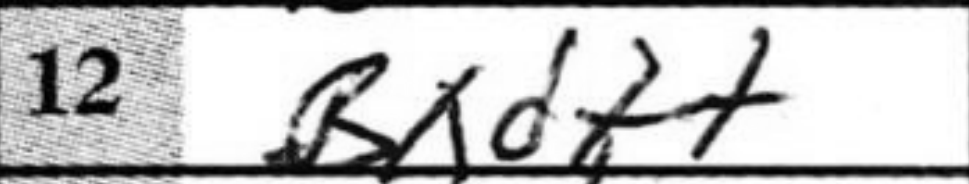
Transcription: Bxd7+